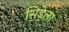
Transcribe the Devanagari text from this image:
सिड्रेला